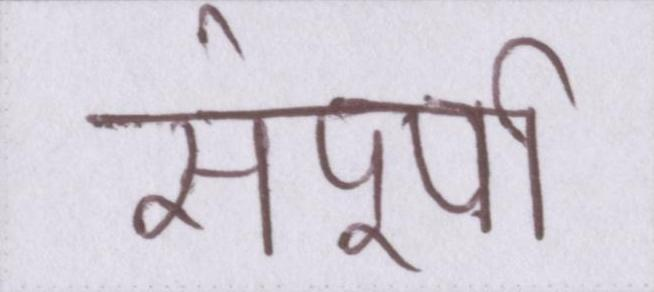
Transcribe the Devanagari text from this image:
संपूर्ण